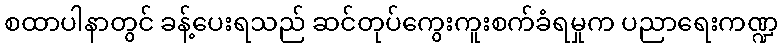
စထာပါနာတွင် ခန့်ပေးရသည် ဆင်တုပ်ကွေးကူးစက်ခံရမှုက ပညာရေးကဏ္ဍ